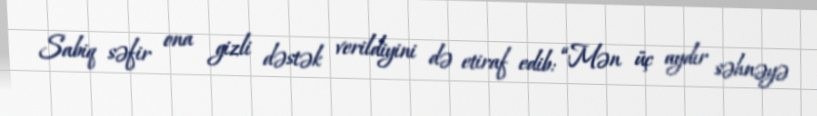
Sabiq səfir ona gizli dəstək verildiyini də etiraf edib: “Mən üç aydır səhnəyə